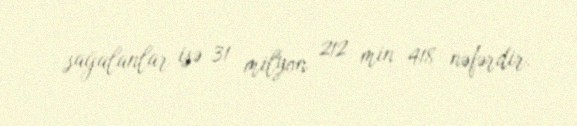
sağalanlar isə 31 milyon 212 min 418 nəfərdir.